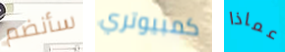
سأنضم كمبيوتري عماذا